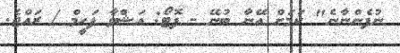
ނުފެންނާނެ" ކަމަށް އޭނާ ބުނޭ - ފޮޓޯ: އަޝްވާ ފަހީމް / ރައްޖެ.